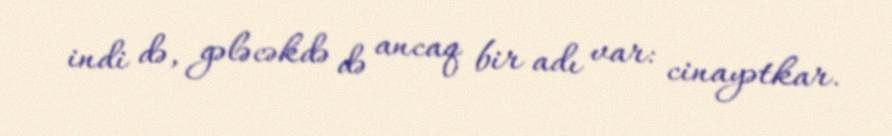
indi də, gələcəkdə də ancaq bir adı var: cinayətkar.